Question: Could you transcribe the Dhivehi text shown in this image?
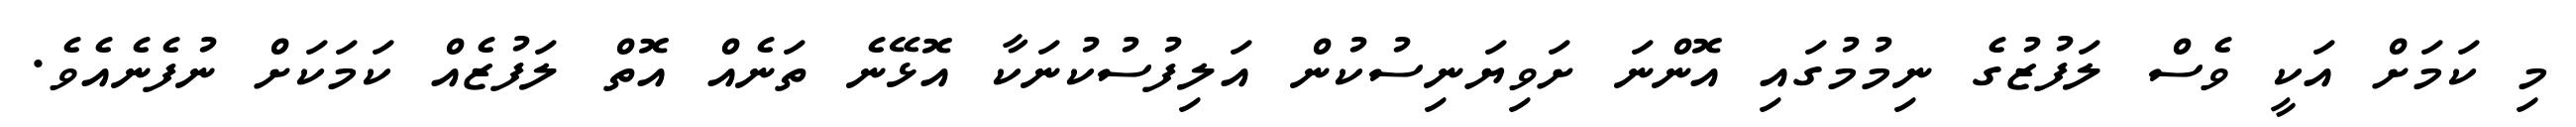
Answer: މި ކަމަށް އަކީ ވެސް ލަފުޒުގެ ނިމުމުގައި އޮންނަ ށަވިޔަނިސުކުން އަލިފުސުކުނަކާ އޮޅޭނެ ތަނެއް އޮތް ލަފުޒެއް ކަމަކަށް ނުފެނެއެވެ.